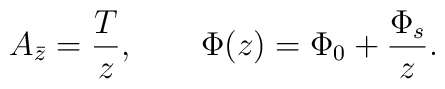
A_{\bar z} = \frac{T}{z}, \qquad \Phi(z) = \Phi_0 + \frac{\Phi_s}{z}.